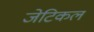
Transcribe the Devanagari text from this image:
जेटिकल